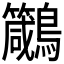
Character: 𪈁